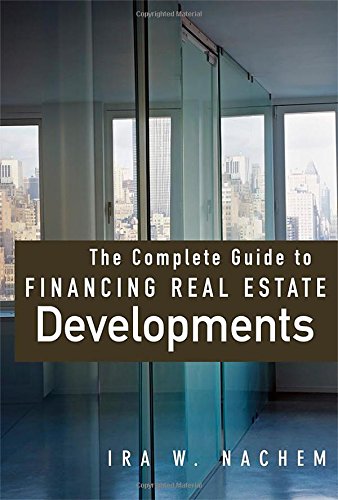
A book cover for The Complete Guide to Financing Real Estate Developments; Ira Nachem; Business & Money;